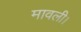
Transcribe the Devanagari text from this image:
मावली।